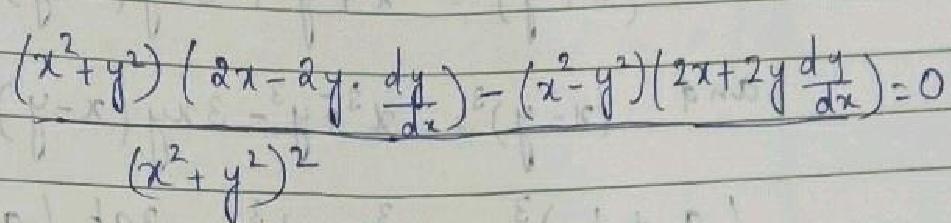
\[ \frac{(x^{2}+y^{2})(2x - 2y\cdot\frac{dy}{dx})-(x^{2}-y^{2})(2x + 2y\frac{dy}{dx})}{(x^{2}+y^{2})^{2}} = 0 \]